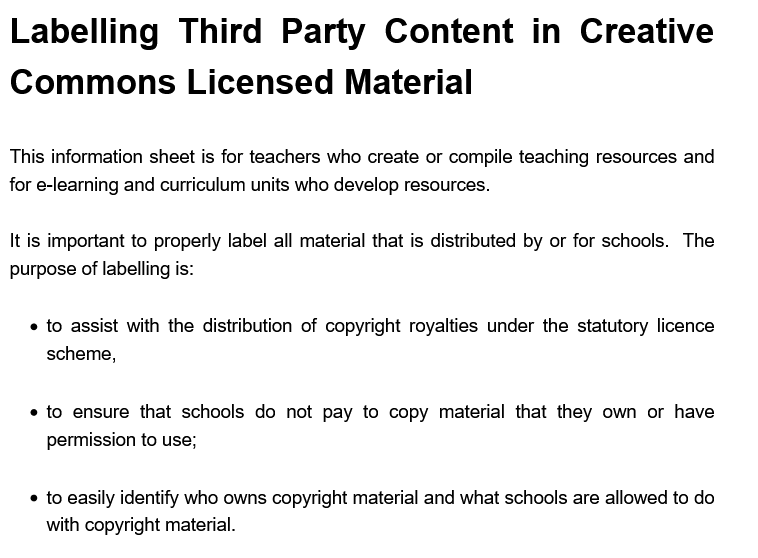
This information sheet is for teachers who create or compile teaching resources and
  for e-learning and curriculum units who develop resources.
  It is important to properly label all material that is distributed by or for schools. The
  purpose of labelling i:
  Labelling    Third    Party    Content    in   Creative
  Commons    Licensed    Material
    « to assist with the distribution of copyright royalties under the statutory licence
     scheme,
    «to ensure that schools do not pay to copy material that they own or have
     permission to use;
    * to easily identify who owns copyright material and what schools are allowed to do
     with copyright material.